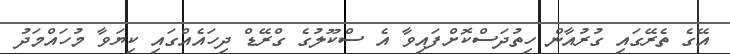
އޭގެ ތެރޭގައި ގުރުއާން ހިތުދަސްކޮށްފައިވާ އެ ސްކޫލުގެ ގްރޭޑް ދިހައެއްގައި ކިޔަވާ މުހައްމަދު